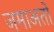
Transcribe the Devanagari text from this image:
जमाअतों